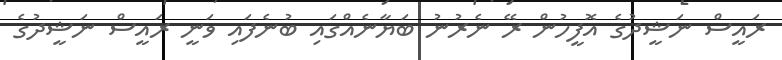
ރައީސް ނަޝީދުގެ އޮފީހުން ރޭ ނެރުނު ބަޔާނެއްގައި ބުނެފައި ވަނީ ރައީސް ނަޝީދުގެ